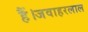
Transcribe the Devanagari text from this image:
हैं।जवाहरलाल